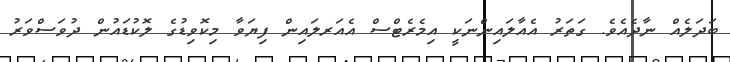
ބަދަލެއް ނާދެއެވެ. ގަތަރު އެއާލައިންނަކީ އިމެރެޓްސް އެއަރލައިން ފިޔަވާ މިކޮވިޑުގެ ލޮކުޑައުން ދުވަސްވަރު